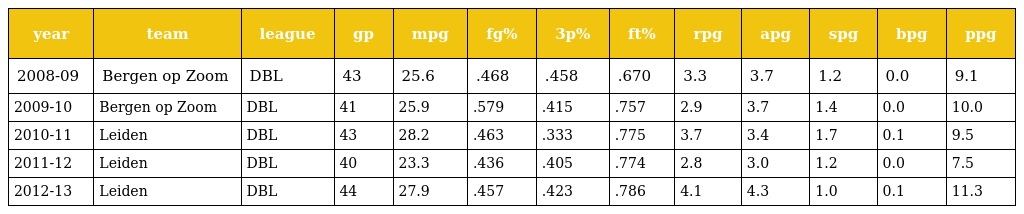
| year | team | league | gp | mpg | fg% | 3p% | ft% | rpg | apg | spg | bpg | ppg |
 | --- | --- | --- | --- | --- | --- | --- | --- | --- | --- | --- | --- | --- |
 | 2008-09 | Bergen op Zoom | DBL | 43 | 25.6 | .468 | .458 | .670 | 3.3 | 3.7 | 1.2 | 0.0 | 9.1 |
 | 2009-10 | Bergen op Zoom | DBL | 41 | 25.9 | .579 | .415 | .757 | 2.9 | 3.7 | 1.4 | 0.0 | 10.0 |
 | 2010-11 | Leiden | DBL | 43 | 28.2 | .463 | .333 | .775 | 3.7 | 3.4 | 1.7 | 0.1 | 9.5 |
 | 2011-12 | Leiden | DBL | 40 | 23.3 | .436 | .405 | .774 | 2.8 | 3.0 | 1.2 | 0.0 | 7.5 |
 | 2012-13 | Leiden | DBL | 44 | 27.9 | .457 | .423 | .786 | 4.1 | 4.3 | 1.0 | 0.1 | 11.3 |